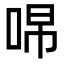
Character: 𭇽